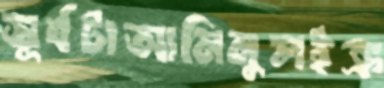
সূর্যটাআমিনুলইক্র